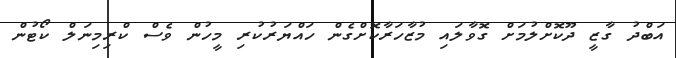
އަބްދު ގާޒީ ދޫކޮށްލުމަށް ގޮވާލައި މުޒާހަރާކޮށްގެން ހައްޔަރުކުރި މީހުން ވެސް ކްރިމިނަލް ކޯޓުން